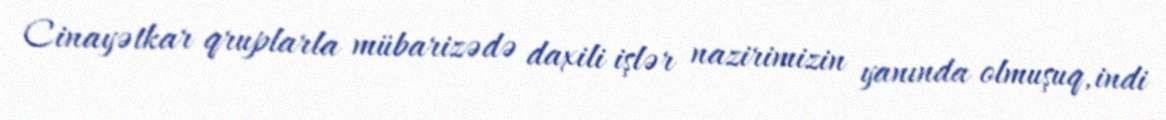
Cinayətkar qruplarla mübarizədə daxili işlər nazirimizin yanında olmuşuq, indi